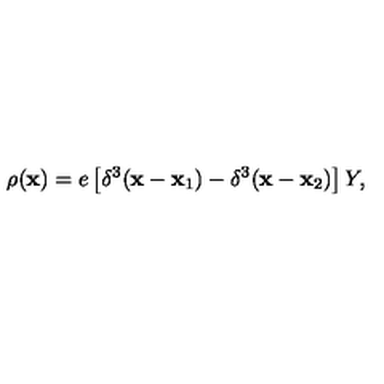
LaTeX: \rho ( { \bf x } ) = e \left[ \delta ^ { 3 } ( { \bf x } - { \bf x _ { \mathrm { 1 } } } ) - \delta ^ { 3 } ( { \bf x } - { \bf x _ { \mathrm { 2 } } } ) \right] Y ,